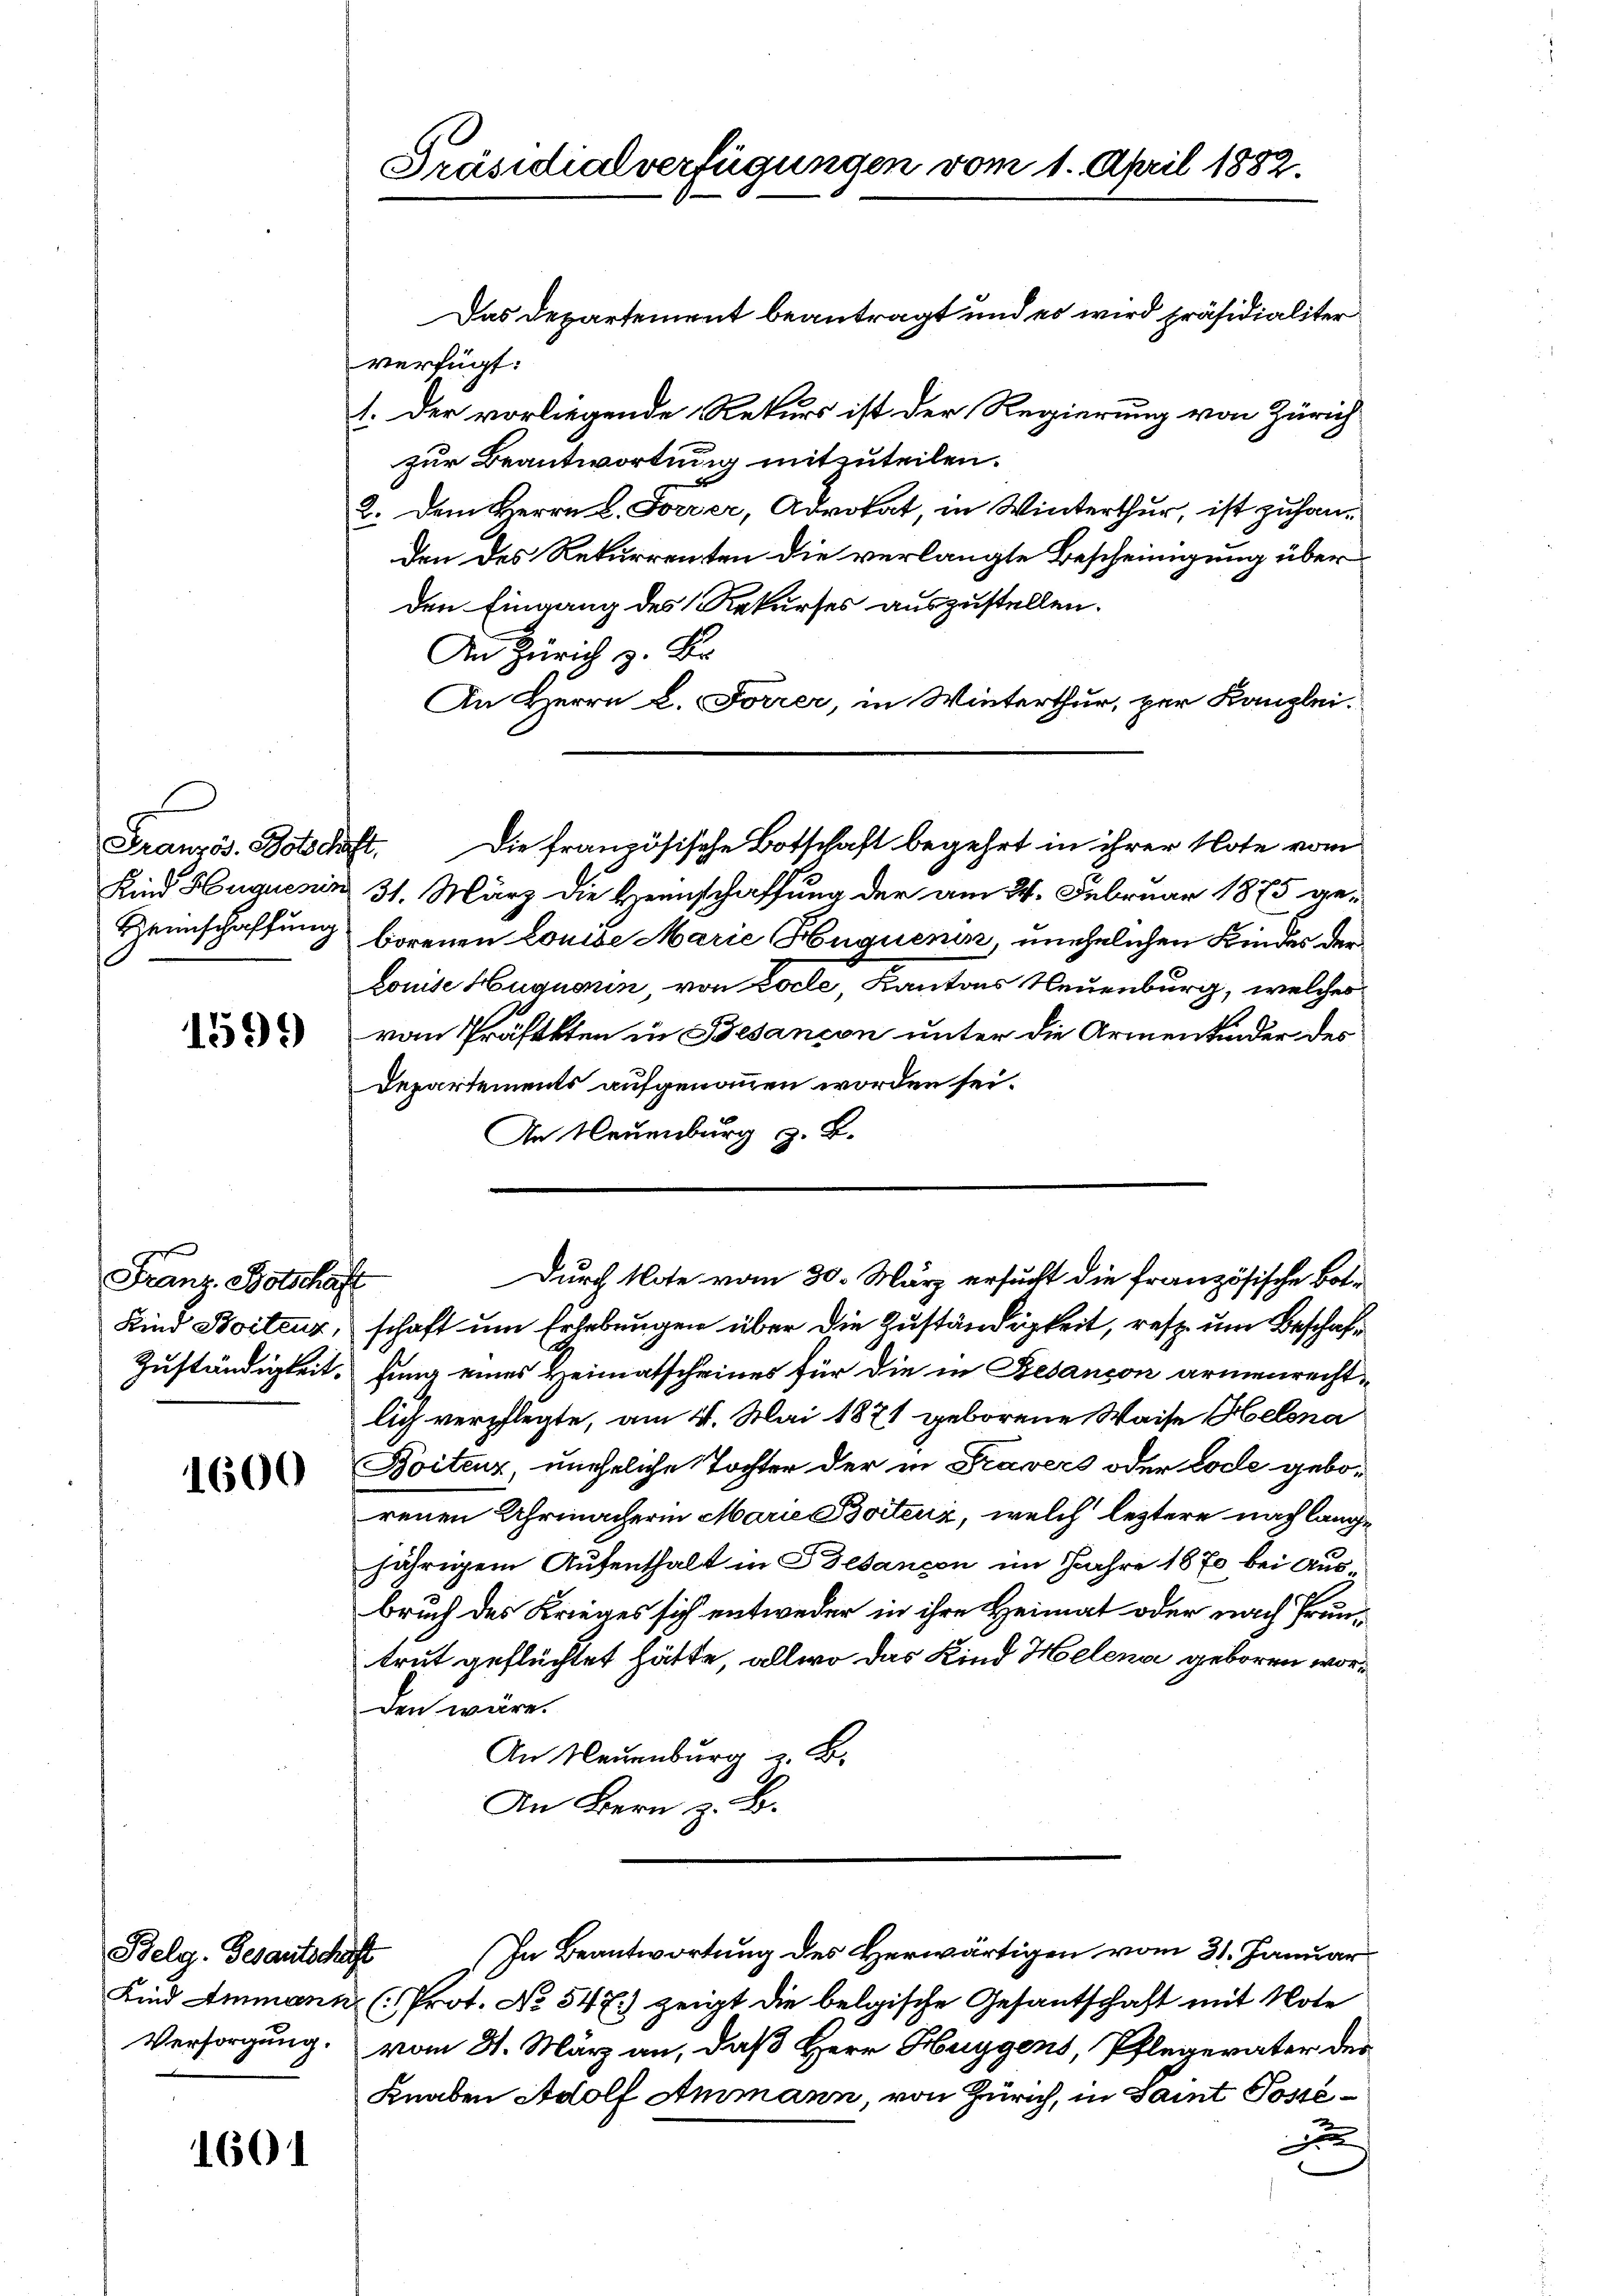
Französ. Botschaft,

1599)

1600

Belg. Behautschaft

1601

Franz Botschaft

Das Departement beantragt und es wird präsidialiter.
verfügt:
1. Der vorliegende Rekurs ist der Regierung von Zürich
zur Beantwortung mitzuteilen.
2. Dem Herrn L. Forrer, Advokat, in Winterthur, ist zuhanden des Rekurrenten die verlangte Bescheinigung über
den Eingang des Rekurses auszustellen.
An Zürich z. Br.
An Herrn L. Forrer, in Winterthur, per Kanzlei-
Die französische Botschaft begehrt in ihrer Note vom
Kind Huguenin 31. März die Heimschaffung der am 24. Februar 1875 ge¬
Heimschaffung borenen Louise Marie Huguenin, unehelichen Kindes den
Louise Huquonin, von Pocle, Kantons Neuenburg, welches
vom Präfekten in Besançon unter die Armenkinder des
Departements aufgenommen worden sei.
An Neuenburg z. B.

Präsidialverfügungen vom 1. April 1882.

Zuständigkeit, fung eines Heimatscheines für die in Besançon armenrechtlich verpflegte, am 4. Mai 1871 geborene Waise Helena
Boitenz, uneheliche Tochter der in Travers oder Code gebo-
renen Uhrmacherin Marie Botenz, welch leztere nach lange
jährigem Aufenthalt in Besançon im Jahre 1870 bei Ausbruch des Krieges sich entweder in ihre Heimat oder nach Grüntrut geflüchtet hätte, allwo das Kind Helena geboren worden wäre.
An Neuenburg z. B.
An Bern z. B.

Durch Note vom 30. März ersucht die französische Bot¬
Kind Boiteur, schaft um Erhebungen über die Zuständigkeit, resp. um Beschaft

Kind Ammann (Prot. No 547.) zeigt die belgische Gesantschaft mit Note
Versorgung vom 31. März an, daß Herr Huggens, Pflegerater der
Knaben Adolf Ammann, von Zürich, in Saint Possed
d

In Beantwortung des Herwärtigen vom 31. Januar